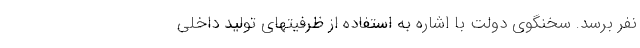
نفر برسد. سخنگوی دولت با اشاره به استفاده از ظرفیتهای تولید داخلی